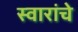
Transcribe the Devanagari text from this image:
स्वारांचे